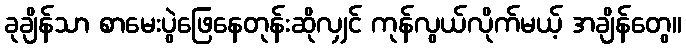
ခုချိန်သာ စာမေးပွဲဖြေနေတုန်းဆိုလျှင် ကုန်လွယ်လိုက်မယ့် အချိန်တွေ။